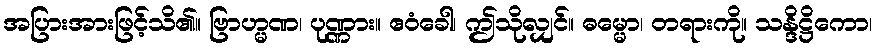
အပြားအားဖြင့်သိ၏။ ဗြာဟ္မဏ၊ ပုဏ္ဏား။ ဧဝံခေါ၊ ဤသိုလျှင်။ ဓမ္မော၊ တရားကို။ သန္ဒိဋ္ဌိကော၊